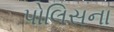
પોલિસના